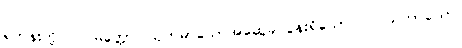
ရဟန်းတို့။ ပါပမိတ္တော၊ ယုတ်မာသောအဆွေခင်ပွန်းရှိသော။ ပါပသဟာယော၊